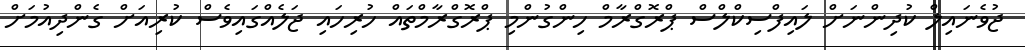
ޖުވެނައިލް ކުދިންނަށް ލައިފްސިކްލްސް ޕްރޮގްރާމް ހިންގުންމި ޕްރޮގްރާމްތައް ހުރިހައި ޖަލެއްގައިވެސް ކުރިއަށް ގެންދިއުމަށް